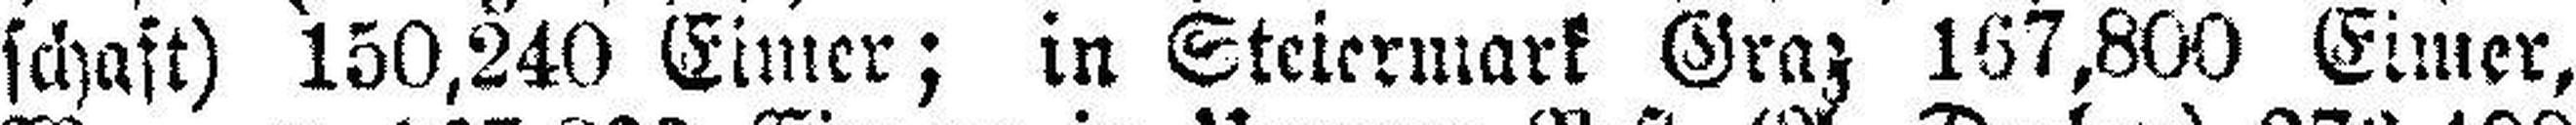
schaft) 150,240 Eimer; in Steiermark Graz 167,800 Eimer,